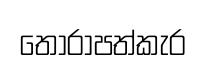
තෝරාපත්කැර